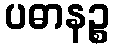
ပဓာနဉ္စ